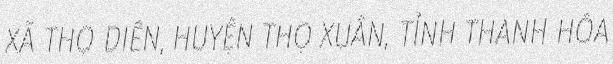
XÃ THỌ DIÊN, HUYỆN THỌ XUÂN, TỈNH THANH HÓA